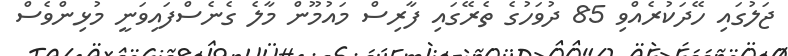
ޖަލުގައި ހޭދަކުރެއްވި 85 ދުވަހުގެ ތެރޭގައި ފާރިސް މައުމޫން މާލެ ގެނެސްފައިވަނީ މުޅިންވެސް